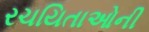
રચયિતાઓની